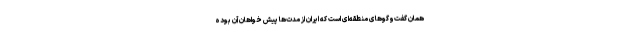
همان گفت‌وگوهای منطقه‌ای است که ایران از مدت‌ها پیش خواهان آن بوده